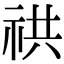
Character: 𥙖